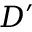
D ^ { \prime }